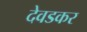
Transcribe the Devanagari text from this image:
देवडकर